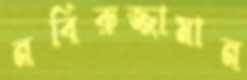
নবিরুজ্জামান